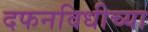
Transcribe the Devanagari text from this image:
दफनविधीच्या